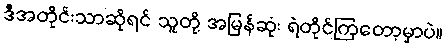
ဒီအတိုင်းသာဆိုရင် သူတို့ အမြန်ဆုံး ရဲတိုင်ကြတော့မှာပဲ။